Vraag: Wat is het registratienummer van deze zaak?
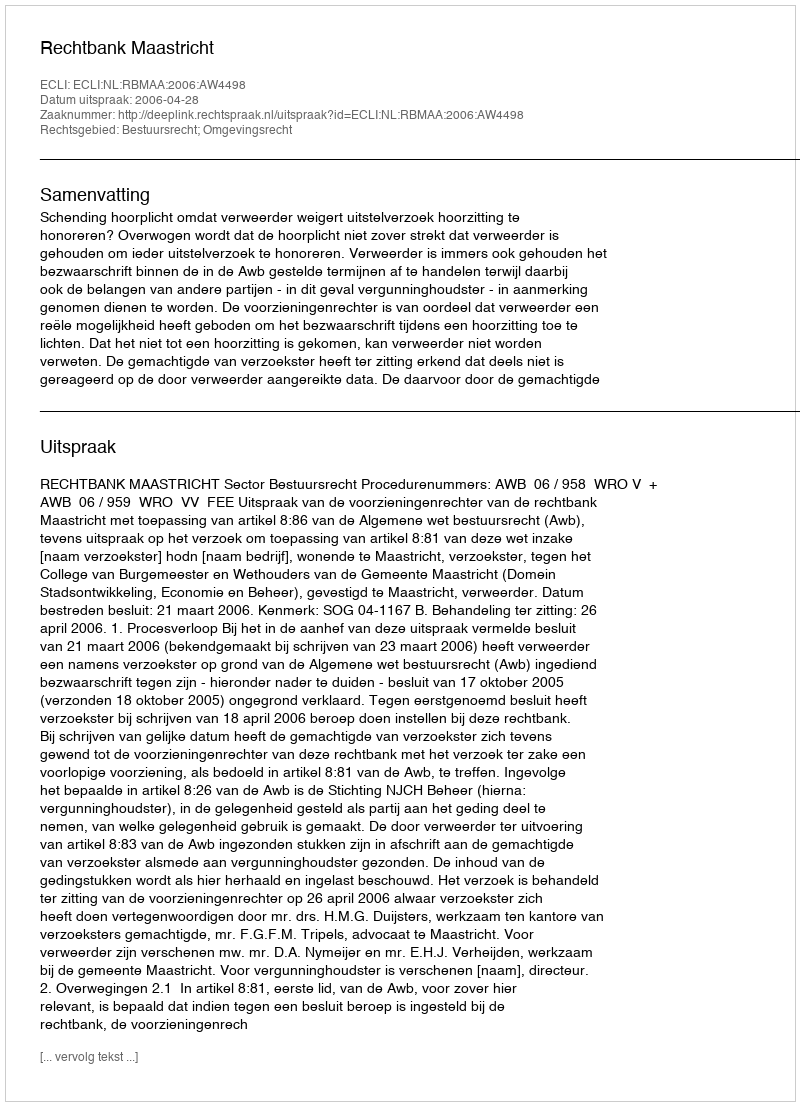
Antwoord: http://deeplink.rechtspraak.nl/uitspraak?id=ECLI:NL:RBMAA:2006:AW4498